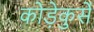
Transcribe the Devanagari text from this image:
कोड़ेकुर्से